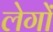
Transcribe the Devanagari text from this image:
लेगों